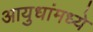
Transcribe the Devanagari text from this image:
आयुधांमध्ये